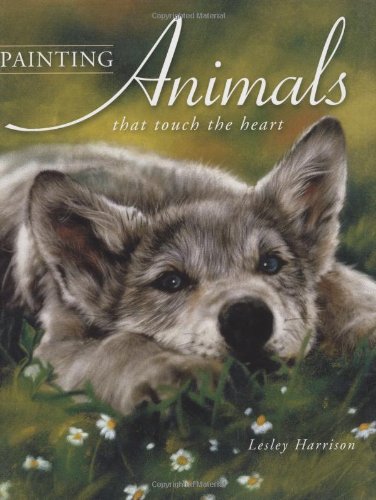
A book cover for Painting Animals That Touch the Heart; Lesley Harrison; Arts & Photography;